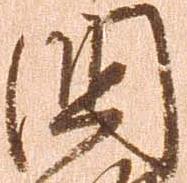
国